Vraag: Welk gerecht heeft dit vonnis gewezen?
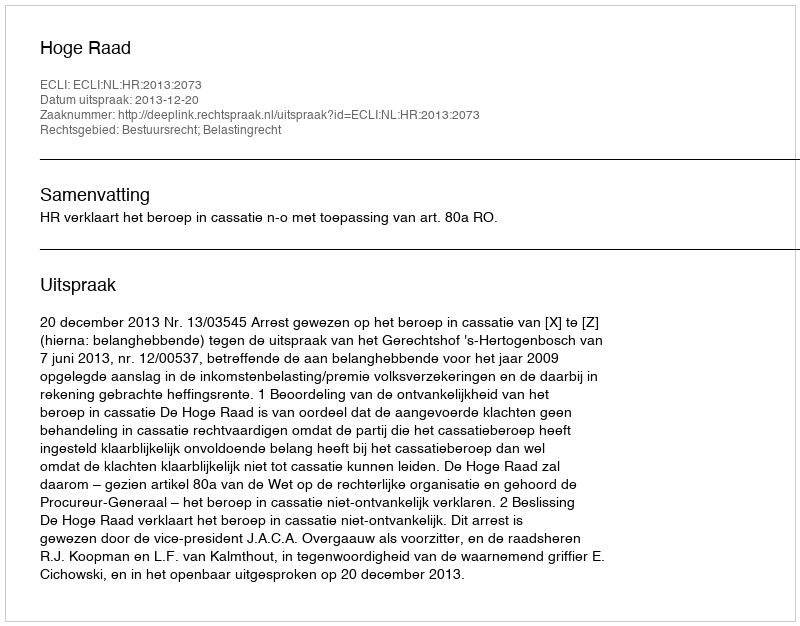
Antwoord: Hoge Raad